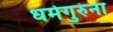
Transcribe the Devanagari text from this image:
धर्मगुरुंना